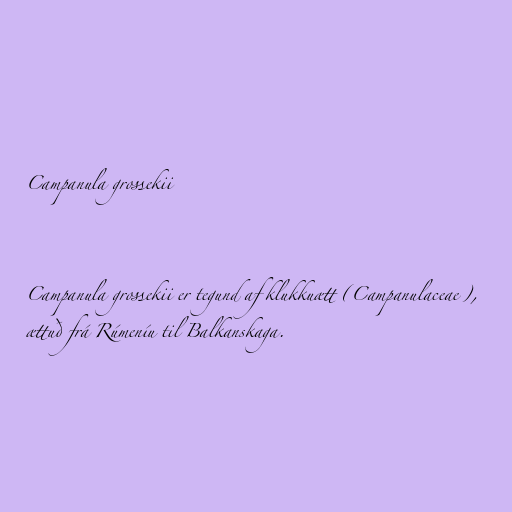
Campanula grossekii

Campanula grossekii er tegund af klukkuætt (Campanulaceae),
ættuð frá Rúmeníu til Balkanskaga.